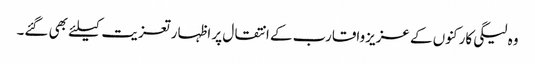
وہ لیگی کارکنوں کے عزیزواقارب کے انتقال پر اظہار تعزیت کیلئے بھی گئے۔